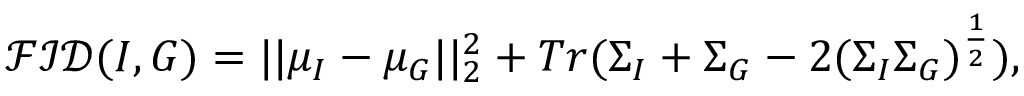
\mathcal { F I D } ( I , G ) = | | \mu _ { I } - \mu _ { G } | | _ { 2 } ^ { 2 } + T r ( \Sigma _ { I } + \Sigma _ { G } - 2 ( \Sigma _ { I } \Sigma _ { G } ) ^ { \frac { 1 } { 2 } } ) ,